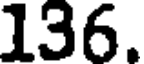
136.